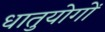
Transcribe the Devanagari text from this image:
धातुयोगों